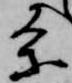
条